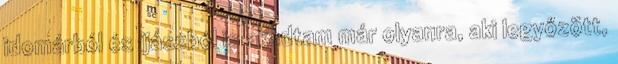
idomárból és íjászból is akadtam már olyanra, aki legyőzött,